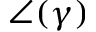
\angle ( \gamma )